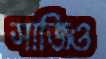
সাজিও